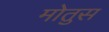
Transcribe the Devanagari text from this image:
मोतुस